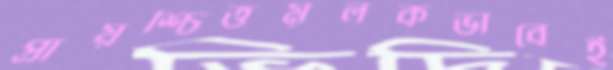
প্রায়শ্চিত্তমূলকভাবেই